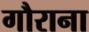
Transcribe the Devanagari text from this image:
गौराना